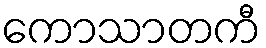
ကောသာတကီ